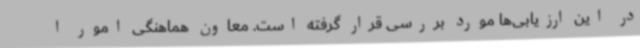
در این ارزیابی‌ها مورد بررسی قرار گرفته است. معاون هماهنگی امور ا